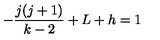
- { \frac { j ( j + 1 ) } { { k - 2 } } } + L + h = 1